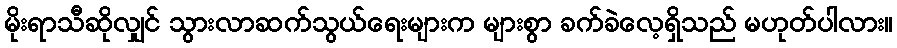
မိုးရာသီဆိုလျှင် သွားလာဆက်သွယ်ရေးများက များစွာ ခက်ခဲလေ့ရှိသည် မဟုတ်ပါလား။